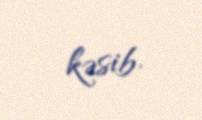
kəsib.